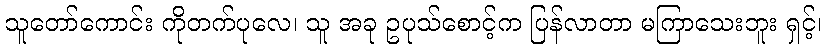
သူတော်ကောင်း ကိုတက်ပုလေ၊ သူ အခု ဥပုသ်စောင့်က ပြန်လာတာ မကြာသေးဘူး ရှင့်၊